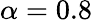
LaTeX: \alpha=0.8